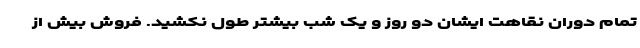
تمام دوران نقاهت ایشان دو روز و یک شب بیشتر طول نکشید. فروش بیش از